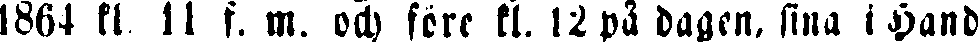
1864 kl 11 f. m. och före fl. 12 på dagen, sina i Hand